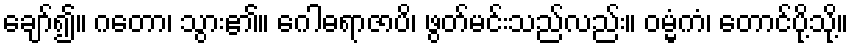
ချော်၍။ ဂတော၊ သွား၏။ ဂေါဓရာဇာပိ၊ ဖွတ်မင်းသည်လည်း။ ဝမ္မံကံ၊ တောင်ပို့သို့။